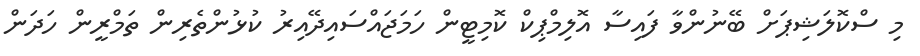
މި ސްކޮލަޝިޕަށް ބޭނުންވާ ފައިސާ އޮލިމްޕިކް ކޮމިޓީން ހަމަޖައްސައިދޭއިރު ކުޅުންތެރިން ތަމްރީން ހަދަން